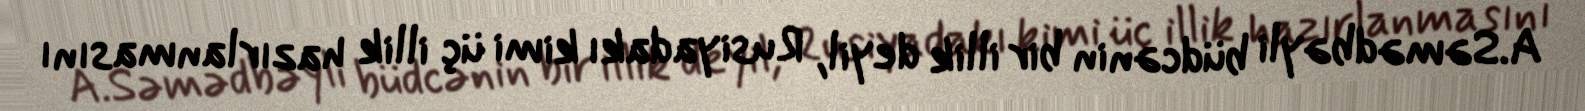
A.Səmədbəyli büdcənin bir illik deyil, Rusiyadakı kimi üç illik hazırlanmasını